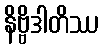
နိဗ္ဗိဒါတိဿ